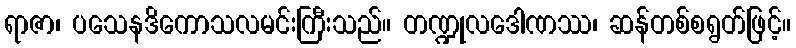
ရာဇာ၊ ပသေနဒိကောသလမင်းကြီးသည်။ တဏ္ဍုလဒေါဏဿ၊ ဆန်တစ်စရွတ်ဖြင့်။